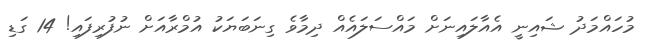
މުހައްމަދު ޝައިނީ އެއާލައިނަށް މައްސަލައެއް ދިމާވެ ގިނަބަޔަކު އުމްރާއަށް ނުފުރިފައި! 14 ގަޑި